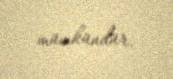
mümkündür.